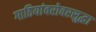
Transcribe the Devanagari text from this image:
गाठियांबरोबरसुद्धा